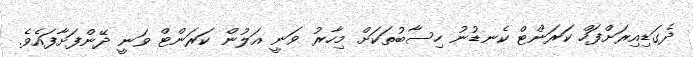
ދެގަޑިއިރަށްފަހް ކަރަންޓް ކެނޑުނު ހިސާބުތަކަށް މިހާރު ވަނީ އަލުން ކަރަންޓް ވަނީ ދޭންފަށާފައެވެ.